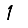
Digit: 1